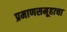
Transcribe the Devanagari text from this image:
प्रमाणसमूहाचा